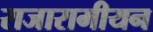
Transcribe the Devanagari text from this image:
राजारामीयन